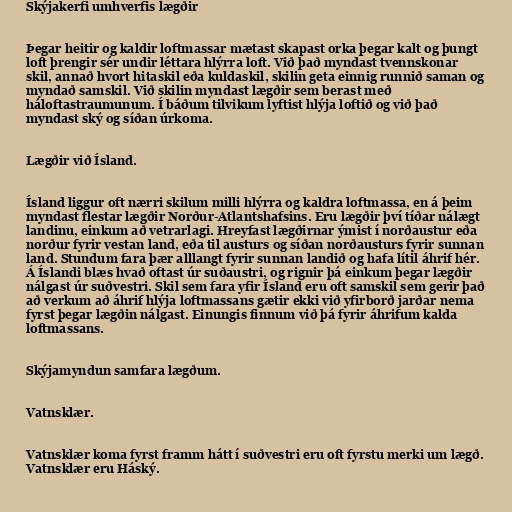
Skýjakerfi umhverfis lægðir

Þegar heitir og kaldir loftmassar mætast skapast orka þegar kalt og þungt
loft þrengir sér undir léttara hlýrra loft. Við það myndast tvennskonar
skil, annað hvort hitaskil eða kuldaskil, skilin geta einnig runnið saman og
myndað samskil. Við skilin myndast lægðir sem berast með
háloftastraumunum. Í báðum tilvikum lyftist hlýja loftið og við það
myndast ský og síðan úrkoma.

Lægðir við Ísland.

Ísland liggur oft nærri skilum milli hlýrra og kaldra loftmassa, en á þeim
myndast flestar lægðir Norður-Atlantshafsins. Eru lægðir því tíðar nálægt
landinu, einkum að vetrarlagi. Hreyfast lægðirnar ýmist í norðaustur eða
norður fyrir vestan land, eða til austurs og síðan norðausturs fyrir sunnan
land. Stundum fara þær alllangt fyrir sunnan landið og hafa lítil áhrif hér.
Á Íslandi blæs hvað oftast úr suðaustri, og rignir þá einkum þegar lægðir
nálgast úr suðvestri. Skil sem fara yfir Ísland eru oft samskil sem gerir það
að verkum að áhrif hlýja loftmassans gætir ekki við yfirborð jarðar nema
fyrst þegar lægðin nálgast. Einungis finnum við þá fyrir áhrifum kalda
loftmassans.

Skýjamyndun samfara lægðum.

Vatnsklær.

Vatnsklær koma fyrst framm hátt í suðvestri eru oft fyrstu merki um lægð.
Vatnsklær eru Háský.